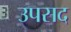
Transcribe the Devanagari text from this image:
उपसद